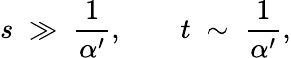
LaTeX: s\; \gg\; \frac 1{\alpha^{\prime}},\qquad t\; \sim\; \frac 1{\alpha^{\prime}},